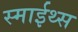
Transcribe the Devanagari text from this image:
स्माईथ्स